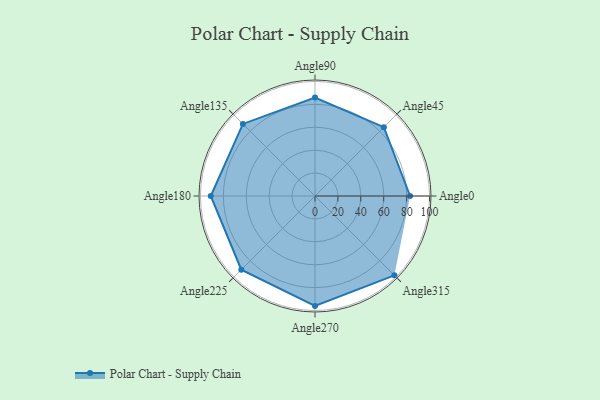
{"axis": {"x": "Angle", "y": "Radius"}, "legend": [""], "data": [{"x": "Angle0", "y": 83.0, "type": ""}, {"x": "Angle45", "y": 85.0, "type": ""}, {"x": "Angle90", "y": 86.0, "type": ""}, {"x": "Angle135", "y": 89.0, "type": ""}, {"x": "Angle180", "y": 91.0, "type": ""}, {"x": "Angle225", "y": 91.0, "type": ""}, {"x": "Angle270", "y": 96.0, "type": ""}, {"x": "Angle315", "y": 98.0, "type": ""}]}